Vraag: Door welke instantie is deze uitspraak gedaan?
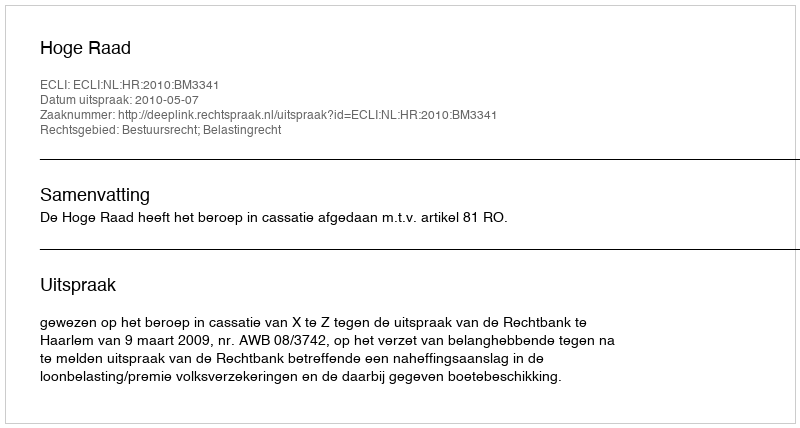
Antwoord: Hoge Raad